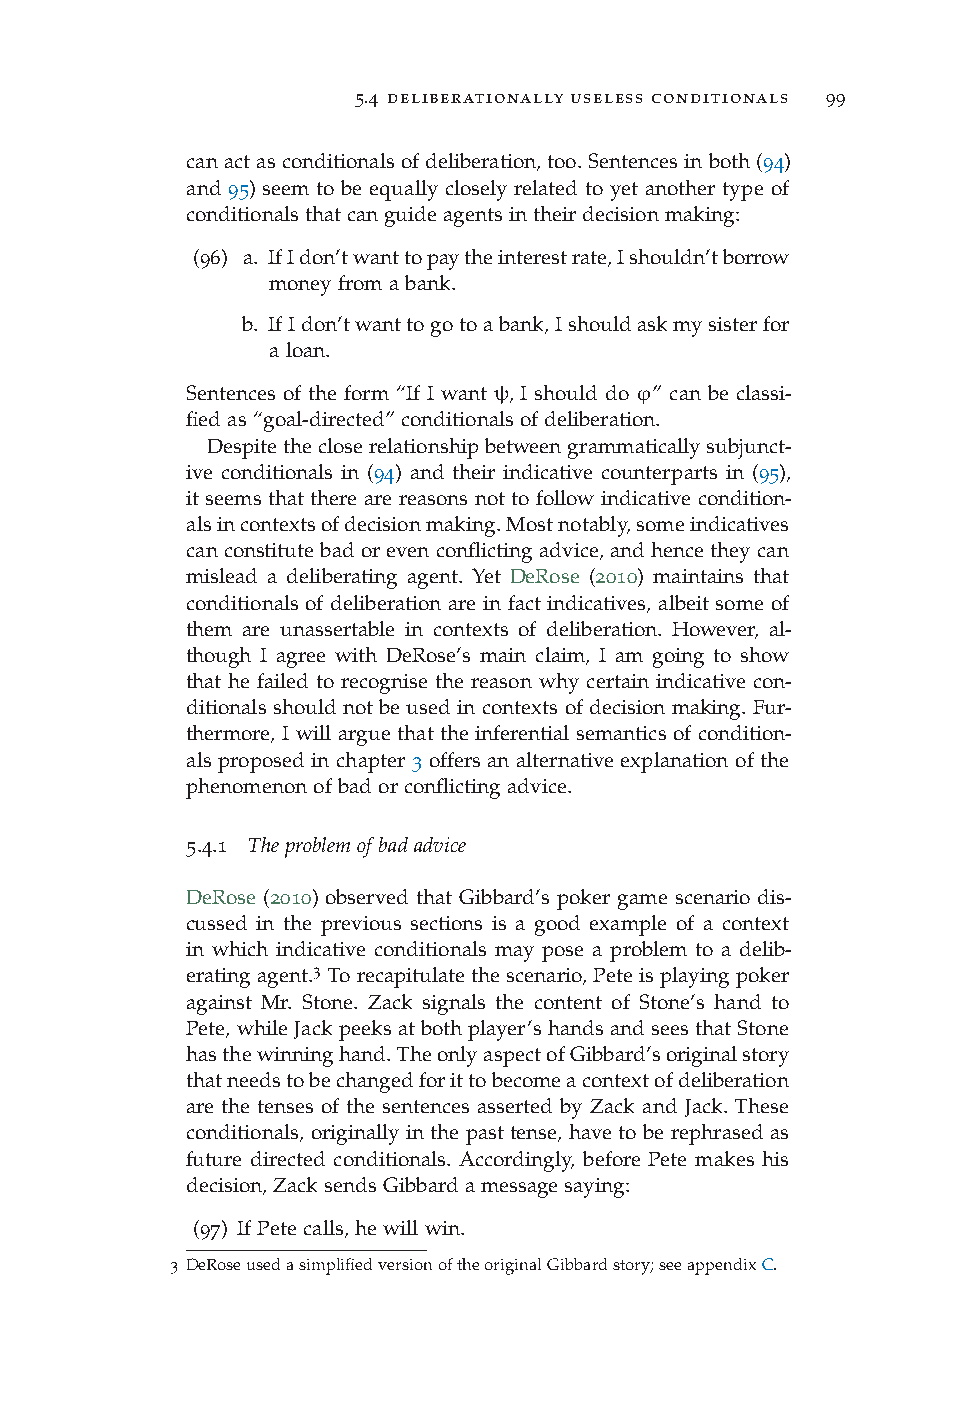
5.4 deliberationally useless conditionals 99
 canactasconditionalsofdeliberation,too.Sentencesinboth(94)
 and 95) seem to be equally closely related to yet another type of
 conditionalsthatcanguideagentsintheirdecisionmaking:
 (96) a. IfIdon’twanttopaytheinterestrate,Ishouldn’tborrow
 moneyfromabank.
 b. IfIdon’twanttogotoabank,Ishouldaskmysisterfor
 aloan.
 Sentences of the form “If I want ψ, I should do ϕ” can be classi-
 fiedas“goal-directed”conditionalsofdeliberation.
 Despitethecloserelationshipbetweengrammaticallysubjunct-
 ive conditionals in (94) and their indicative counterparts in (95),
 it seems that there are reasons not to follow indicative condition-
 alsincontextsofdecisionmaking.Mostnotably,someindicatives
 canconstitutebadorevenconflictingadvice,andhencetheycan
 mislead a deliberating agent. Yet DeRose (2010) maintains that
 conditionals of deliberation are in fact indicatives, albeit some of
 them are unassertable in contexts of deliberation. However, al-
 though I agree with DeRose’s main claim, I am going to show
 that he failed to recognise the reason why certain indicative con-
 ditionals should not be used in contexts of decision making. Fur-
 thermore, I will argue that the inferential semantics of condition-
 als proposed in chapter 3 offers an alternative explanation of the
 phenomenonofbadorconflictingadvice.
 5.4.1 Theproblemofbadadvice
 DeRose (2010) observed that Gibbard’s poker game scenario dis-
 cussed in the previous sections is a good example of a context
 in which indicative conditionals may pose a problem to a delib-
 3
 eratingagent. Torecapitulatethescenario,Peteisplayingpoker
 against Mr. Stone. Zack signals the content of Stone’s hand to
 Pete,whileJackpeeksatbothplayer’shandsandseesthatStone
 hasthewinninghand.TheonlyaspectofGibbard’soriginalstory
 thatneedstobechangedforittobecomeacontextofdeliberation
 are the tenses of the sentences asserted by Zack and Jack. These
 conditionals, originally in the past tense, have to be rephrased as
 future directed conditionals. Accordingly, before Pete makes his
 decision,ZacksendsGibbardamessagesaying:
 (97) IfPetecalls,hewillwin.
 3 DeRoseusedasimplifiedversionoftheoriginalGibbardstory;seeappendixC.